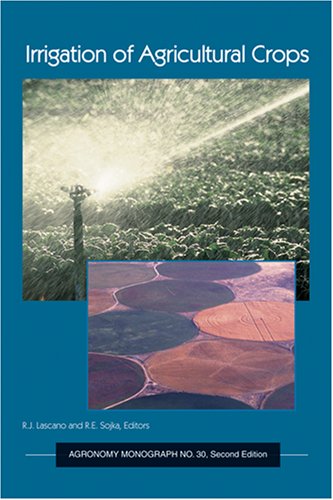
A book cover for Irrigation of Agricultural Crops, Second Edition (Agronomy) (Agronomy); B. A. Stewart; Science & Math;